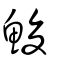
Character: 鮻